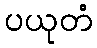
ပယုတံ